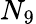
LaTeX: N_{9}